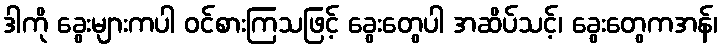
ဒါကို ခွေးများကပါ ဝင်စားကြသဖြင့် ခွေးတွေပါ အဆိပ်သင့်၊ ခွေးတွေကအန်၊